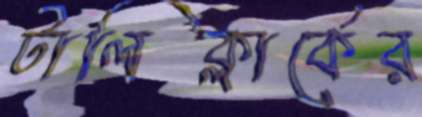
টালিক্লার্কের